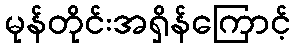
မုန်တိုင်းအရှိန်ကြောင့်